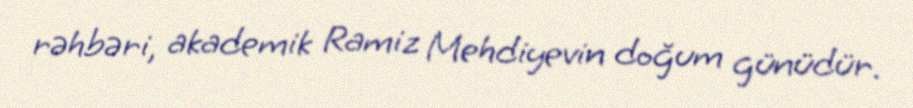
rəhbəri, akademik Ramiz Mehdiyevin doğum günüdür.